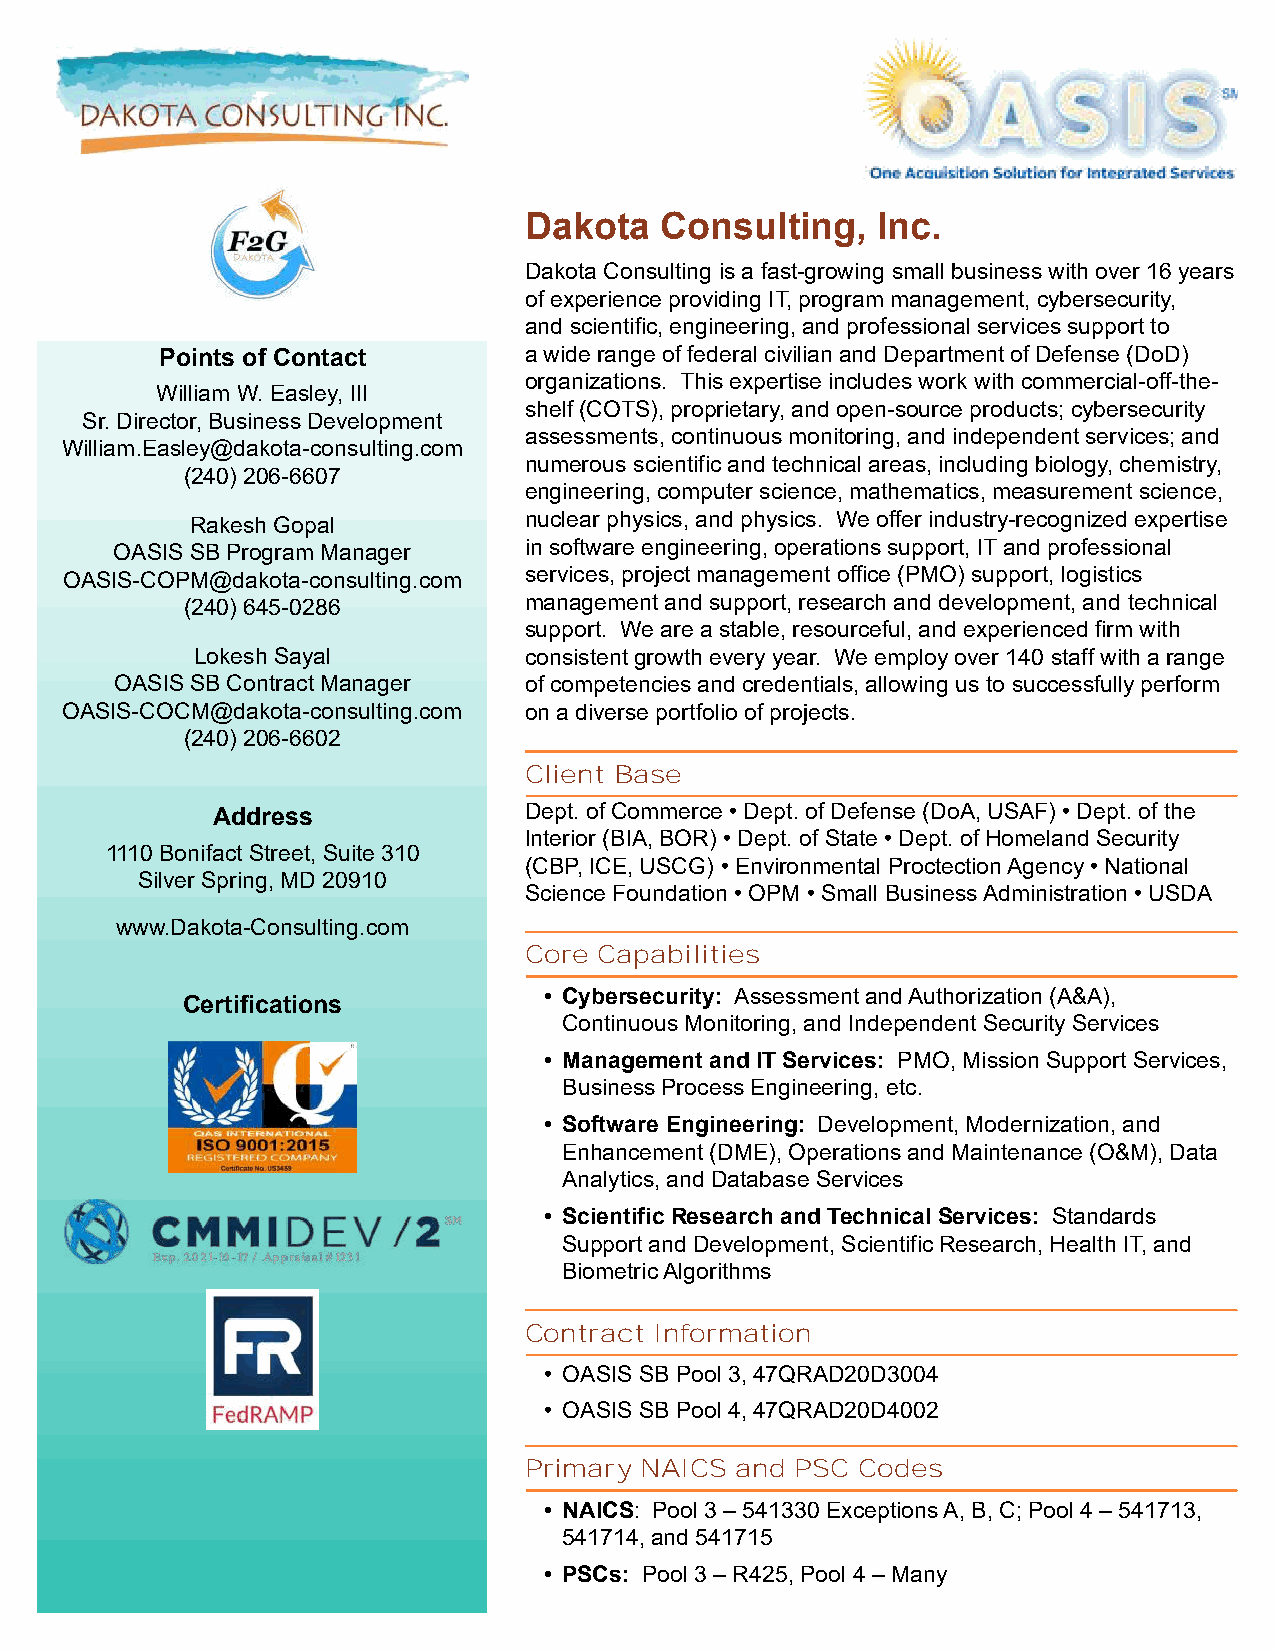
Dakota   Consulting,   Inc.
 Dakota Consulting is a fast-growing small business with over 16 years
 of experience providing IT, program management, cybersecurity,
 and scientific, engineering, and professional services support to
 Points of Contact       a wide range of federal civilian and Department of Defense (DoD)
 organizations. This expertise includes work with commercial-off-the-
 William W. Easley, III
 shelf (COTS), proprietary, and open-source products; cybersecurity
 Sr. Director, Business Development
 assessments, continuous monitoring, and independent services; and
 William.Easley@dakota-consulting.com
 numerous scientific and technical areas, including biology, chemistry,
 (240) 206-6607
 engineering, computer science, mathematics, measurement science,
 Rakesh Gopal          nuclear physics, and physics. We offer industry-recognized expertise
 OASIS SB Program Manager   in software engineering, operations support, IT and professional
 OASIS-COPM@dakota-consulting.com services, project management office (PMO) support, logistics
 (240) 645-0286         management and support, research and development, and technical
 support. We are a stable, resourceful, and experienced firm with
 Lokesh Sayal          consistent growth every year. We employ over 140 staff with a range
 OASIS SB Contract Manager  of competencies and credentials, allowing us to successfully perform
 OASIS-COCM@dakota-consulting.com on a diverse portfolio of projects.
 (240) 206-6602
 Client Base
 Address              Dept. of Commerce • Dept. of Defense (DoA, USAF) • Dept. of the
 Interior (BIA, BOR) • Dept. of State • Dept. of Homeland Security
 1110 Bonifact Street, Suite 310
 (CBP, ICE, USCG) • Environmental Proctection Agency • National
 Silver Spring, MD 20910
 Science Foundation • OPM • Small Business Administration • USDA
 www.Dakota-Consulting.com
 Core Capabilities
 • Cybersecurity: Assessment and Authorization (A&A),
 Certifications
 Continuous Monitoring, and Independent Security Services
 • Management and IT Services: PMO, Mission Support Services,
 Business Process Engineering, etc.
 • Software Engineering: Development, Modernization, and
 Enhancement (DME), Operations and Maintenance (O&M), Data
 Analytics, and Database Services
 • Scientific Research and Technical Services: Standards
 Support and Development, Scientific Research, Health IT, and
 Biometric Algorithms
 Contract Information
 • OASIS SB Pool 3, 47QRAD20D3004
 • OASIS SB Pool 4, 47QRAD20D4002
 Primary NAICS and PSC Codes
 • NAICS: Pool 3 – 541330 Exceptions A, B, C; Pool 4 – 541713,
 541714, and 541715
 • PSCs: Pool 3 – R425, Pool 4 – Many